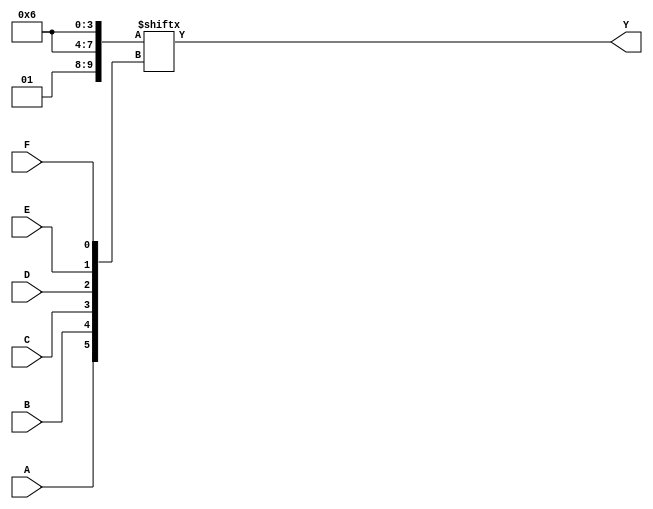
module kmap_6var (
    input wire A, // Input variable A
    input wire B, // Input variable B
    input wire C, // Input variable C
    input wire D, // Input variable D
    input wire E, // Input variable E
    input wire F, // Input variable F
    output wire Y // Output Y
);

// Internal variables to represent the K-map
wire [63:0] kmap;

// Define the K-map based on the truth table
// Each bit in kmap corresponds to a cell in the K-map.
// The following is a sample truth table for demonstration.
// Replace the values with your specific K-map entries (0 or 1).
assign kmap[0] = 1'b0;  // A=0, B=0, C=0, D=0, E=0, F=0
assign kmap[1] = 1'b1;  // A=0, B=0, C=0, D=0, E=0, F=1
assign kmap[2] = 1'b1;  // A=0, B=0, C=0, D=0, E=1, F=0
assign kmap[3] = 1'b0;  // A=0, B=0, C=0, D=0, E=1, F=1
// ... Fill in all 64 entries based on your K-map ...
assign kmap[62] = 1'b1; // Example entry
assign kmap[63] = 1'b0; // Example entry

// Addressing the K-map based on the input variables
// Use a 6-bit address to select the corresponding cell
wire [5:0] addr;
assign addr = {A, B, C, D, E, F};

// The output is the value in the K-map corresponding to the input combination
assign Y = kmap[addr];

endmodule